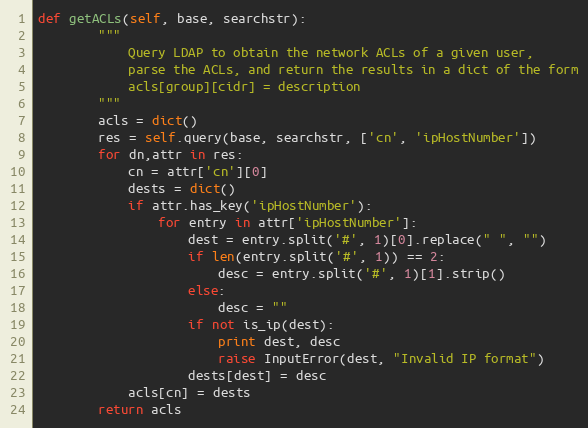
Language: Python
def getACLs(self, base, searchstr):
		"""
			Query LDAP to obtain the network ACLs of a given user,
			parse the ACLs, and return the results in a dict of the form
			acls[group][cidr] = description
		"""
		acls = dict()
		res = self.query(base, searchstr, ['cn', 'ipHostNumber'])
		for dn,attr in res:
			cn = attr['cn'][0]
			dests = dict()
			if attr.has_key('ipHostNumber'):
				for entry in attr['ipHostNumber']:
					dest = entry.split('#', 1)[0].replace(" ", "")
					if len(entry.split('#', 1)) == 2:
						desc = entry.split('#', 1)[1].strip()
					else:
						desc = ""
					if not is_ip(dest):
						print dest, desc
						raise InputError(dest, "Invalid IP format")
					dests[dest] = desc
			acls[cn] = dests
		return acls